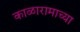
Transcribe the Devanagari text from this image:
काळारामाच्या